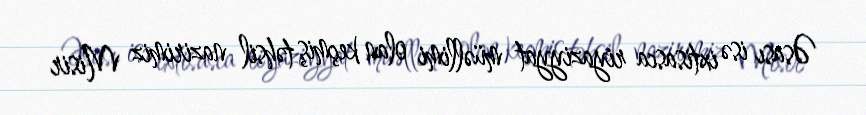
Əsası isə ixtisasca riyaziyyat müəllimi olan keçmiş təhsil nazirimiz Misir